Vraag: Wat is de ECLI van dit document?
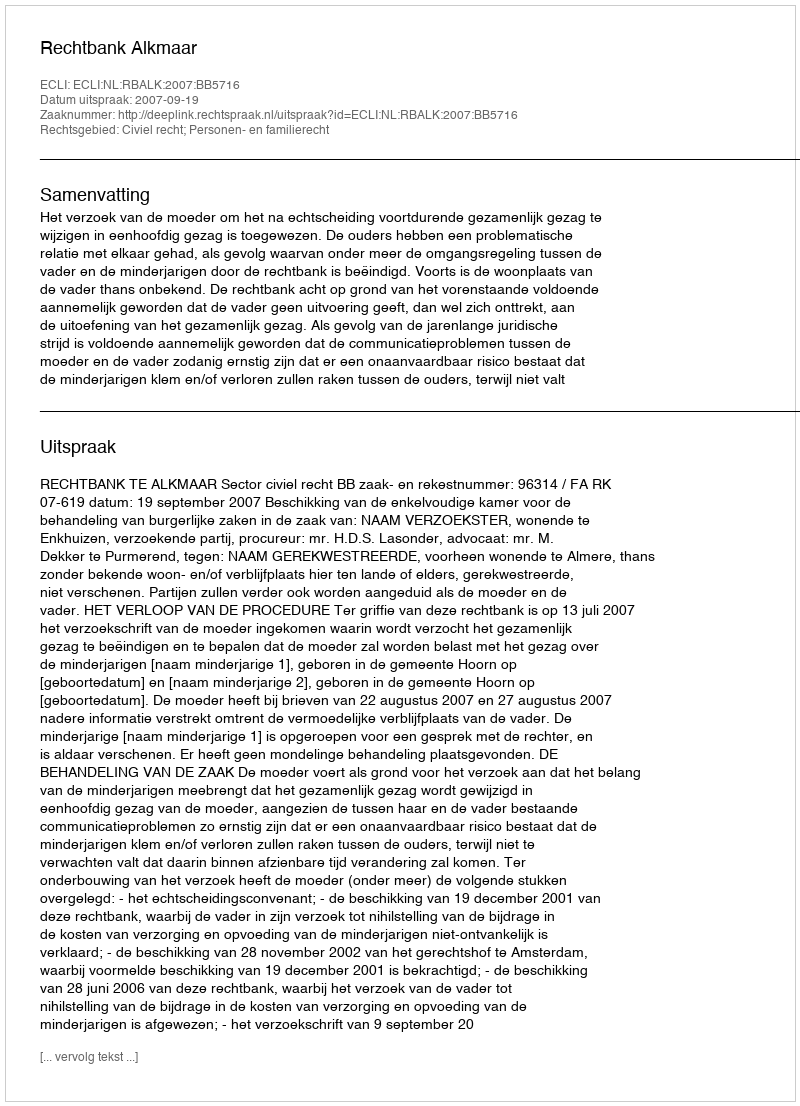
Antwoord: ECLI:NL:RBALK:2007:BB5716